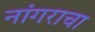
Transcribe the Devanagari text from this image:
नांगराचा